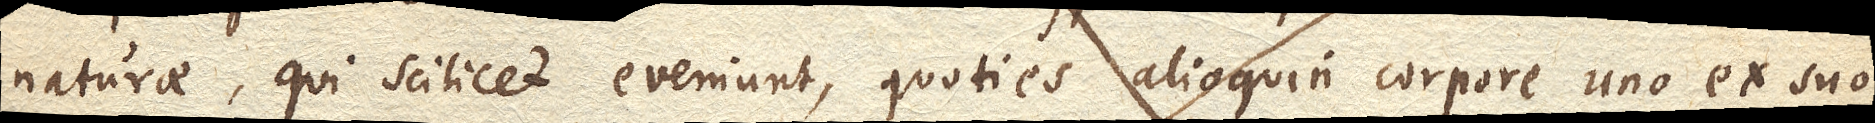
naturae, qui scilicet eveniunt, quoties alioquin corpore uno ex suo